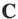
C